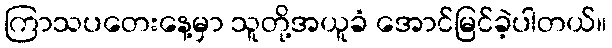
ကြာသပတေးနေ့မှာ သူတို့အယူခံ အောင်မြင်ခဲ့ပါတယ်။